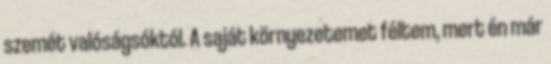
szemét valóságsóktól. A saját környezetemet féltem, mert én már